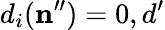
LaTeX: d_{i}(\mathbf{n}^{\prime\prime})=0,d^{\prime}